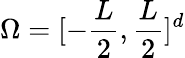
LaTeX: \Omega=[-\frac{L}{2},\frac{L}{2}]^{d}